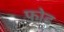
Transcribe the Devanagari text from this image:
फो़ड